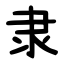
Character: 隶